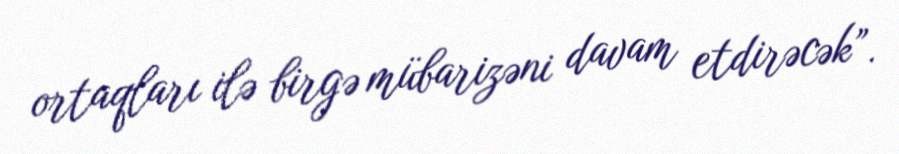
ortaqları ilə birgə mübarizəni davam etdirəcək”.